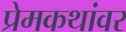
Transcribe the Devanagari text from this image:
प्रेमकथांवर